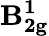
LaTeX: \mathbf{B_{2g}^{1}}